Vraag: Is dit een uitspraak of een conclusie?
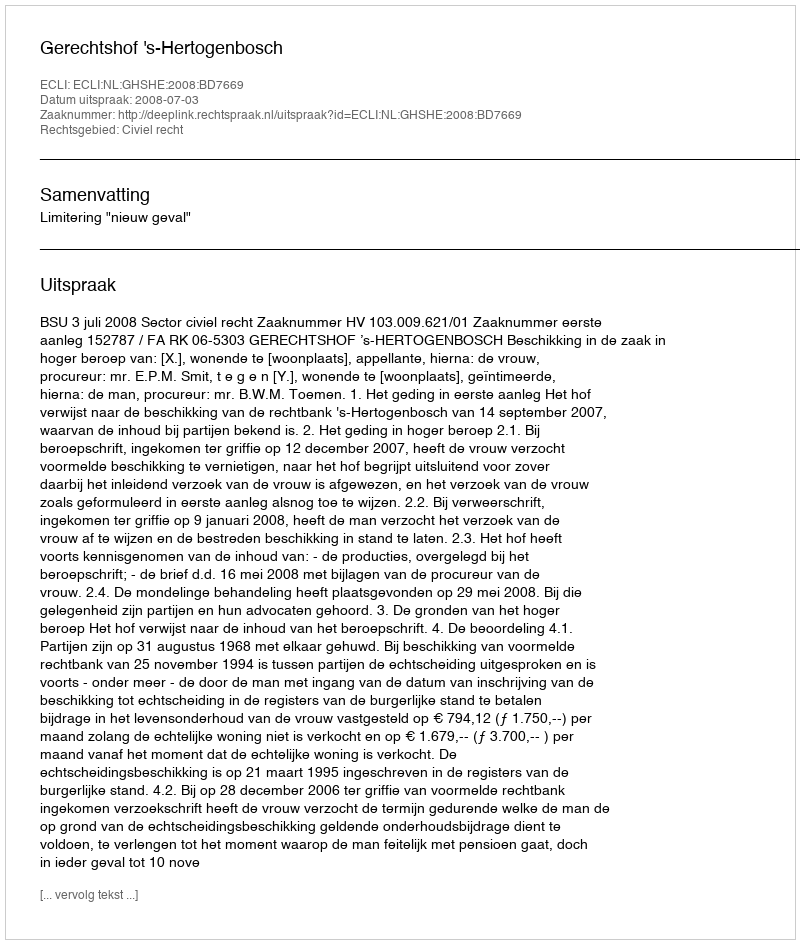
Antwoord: Uitspraak